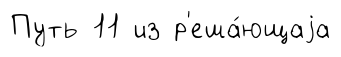
Путь 11 из р'еша́ющаjа